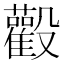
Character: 𱥙